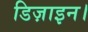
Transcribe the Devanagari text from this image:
डिज़ाइन।